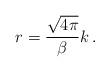
LaTeX: \begin{align*}r=\frac{\sqrt{4\pi }}{\beta }k\, .\end{align*}